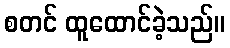
စတင် ထူထောင်ခဲ့သည်။